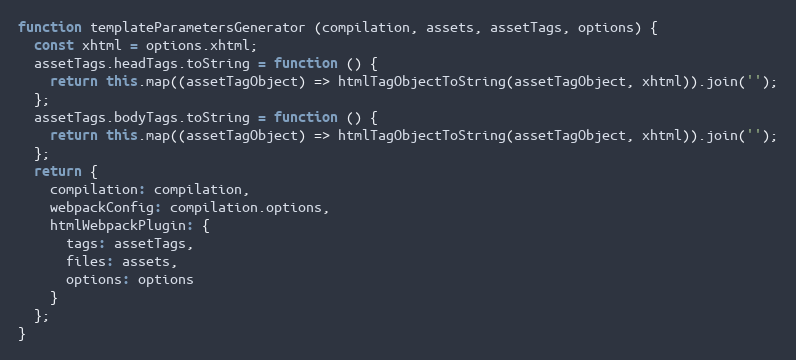
Language: JavaScript
function templateParametersGenerator (compilation, assets, assetTags, options) {
  const xhtml = options.xhtml;
  assetTags.headTags.toString = function () {
    return this.map((assetTagObject) => htmlTagObjectToString(assetTagObject, xhtml)).join('');
  };
  assetTags.bodyTags.toString = function () {
    return this.map((assetTagObject) => htmlTagObjectToString(assetTagObject, xhtml)).join('');
  };
  return {
    compilation: compilation,
    webpackConfig: compilation.options,
    htmlWebpackPlugin: {
      tags: assetTags,
      files: assets,
      options: options
    }
  };
}